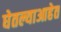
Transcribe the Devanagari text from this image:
घेतल्याआहेत